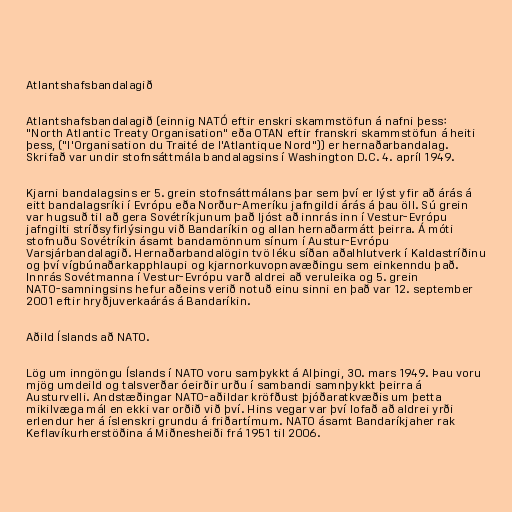
Atlantshafsbandalagið

Atlantshafsbandalagið (einnig NATÓ eftir enskri skammstöfun á nafni þess:
"North Atlantic Treaty Organisation" eða OTAN eftir franskri skammstöfun á heiti
þess, ("l'Organisation du Traité de l'Atlantique Nord")) er hernaðarbandalag.
Skrifað var undir stofnsáttmála bandalagsins í Washington D.C. 4. apríl 1949.

Kjarni bandalagsins er 5. grein stofnsáttmálans þar sem því er lýst yfir að árás á
eitt bandalagsríki í Evrópu eða Norður-Ameríku jafngildi árás á þau öll. Sú grein
var hugsuð til að gera Sovétríkjunum það ljóst að innrás inn í Vestur-Evrópu
jafngilti stríðsyfirlýsingu við Bandaríkin og allan hernaðarmátt þeirra. Á móti
stofnuðu Sovétríkin ásamt bandamönnum sínum í Austur-Evrópu
Varsjárbandalagið. Hernaðarbandalögin tvö léku síðan aðalhlutverk í Kaldastríðinu
og því vígbúnaðarkapphlaupi og kjarnorkuvopnavæðingu sem einkenndu það.
Innrás Sovétmanna í Vestur-Evrópu varð aldrei að veruleika og 5. grein
NATO-samningsins hefur aðeins verið notuð einu sinni en það var 12. september
2001 eftir hryðjuverkaárás á Bandaríkin.

Aðild Íslands að NATO.

Lög um inngöngu Íslands í NATO voru samþykkt á Alþingi, 30. mars 1949. Þau voru
mjög umdeild og talsverðar óeirðir urðu í sambandi samnþykkt þeirra á
Austurvelli. Andstæðingar NATO-aðildar kröfðust þjóðaratkvæðis um þetta
mikilvæga mál en ekki var orðið við því. Hins vegar var því lofað að aldrei yrði
erlendur her á íslenskri grundu á friðartímum. NATO ásamt Bandaríkjaher rak
Keflavíkurherstöðina á Miðnesheiði frá 1951 til 2006.